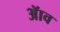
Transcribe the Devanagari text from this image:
ॲाव